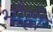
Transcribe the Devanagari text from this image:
भौह्नी